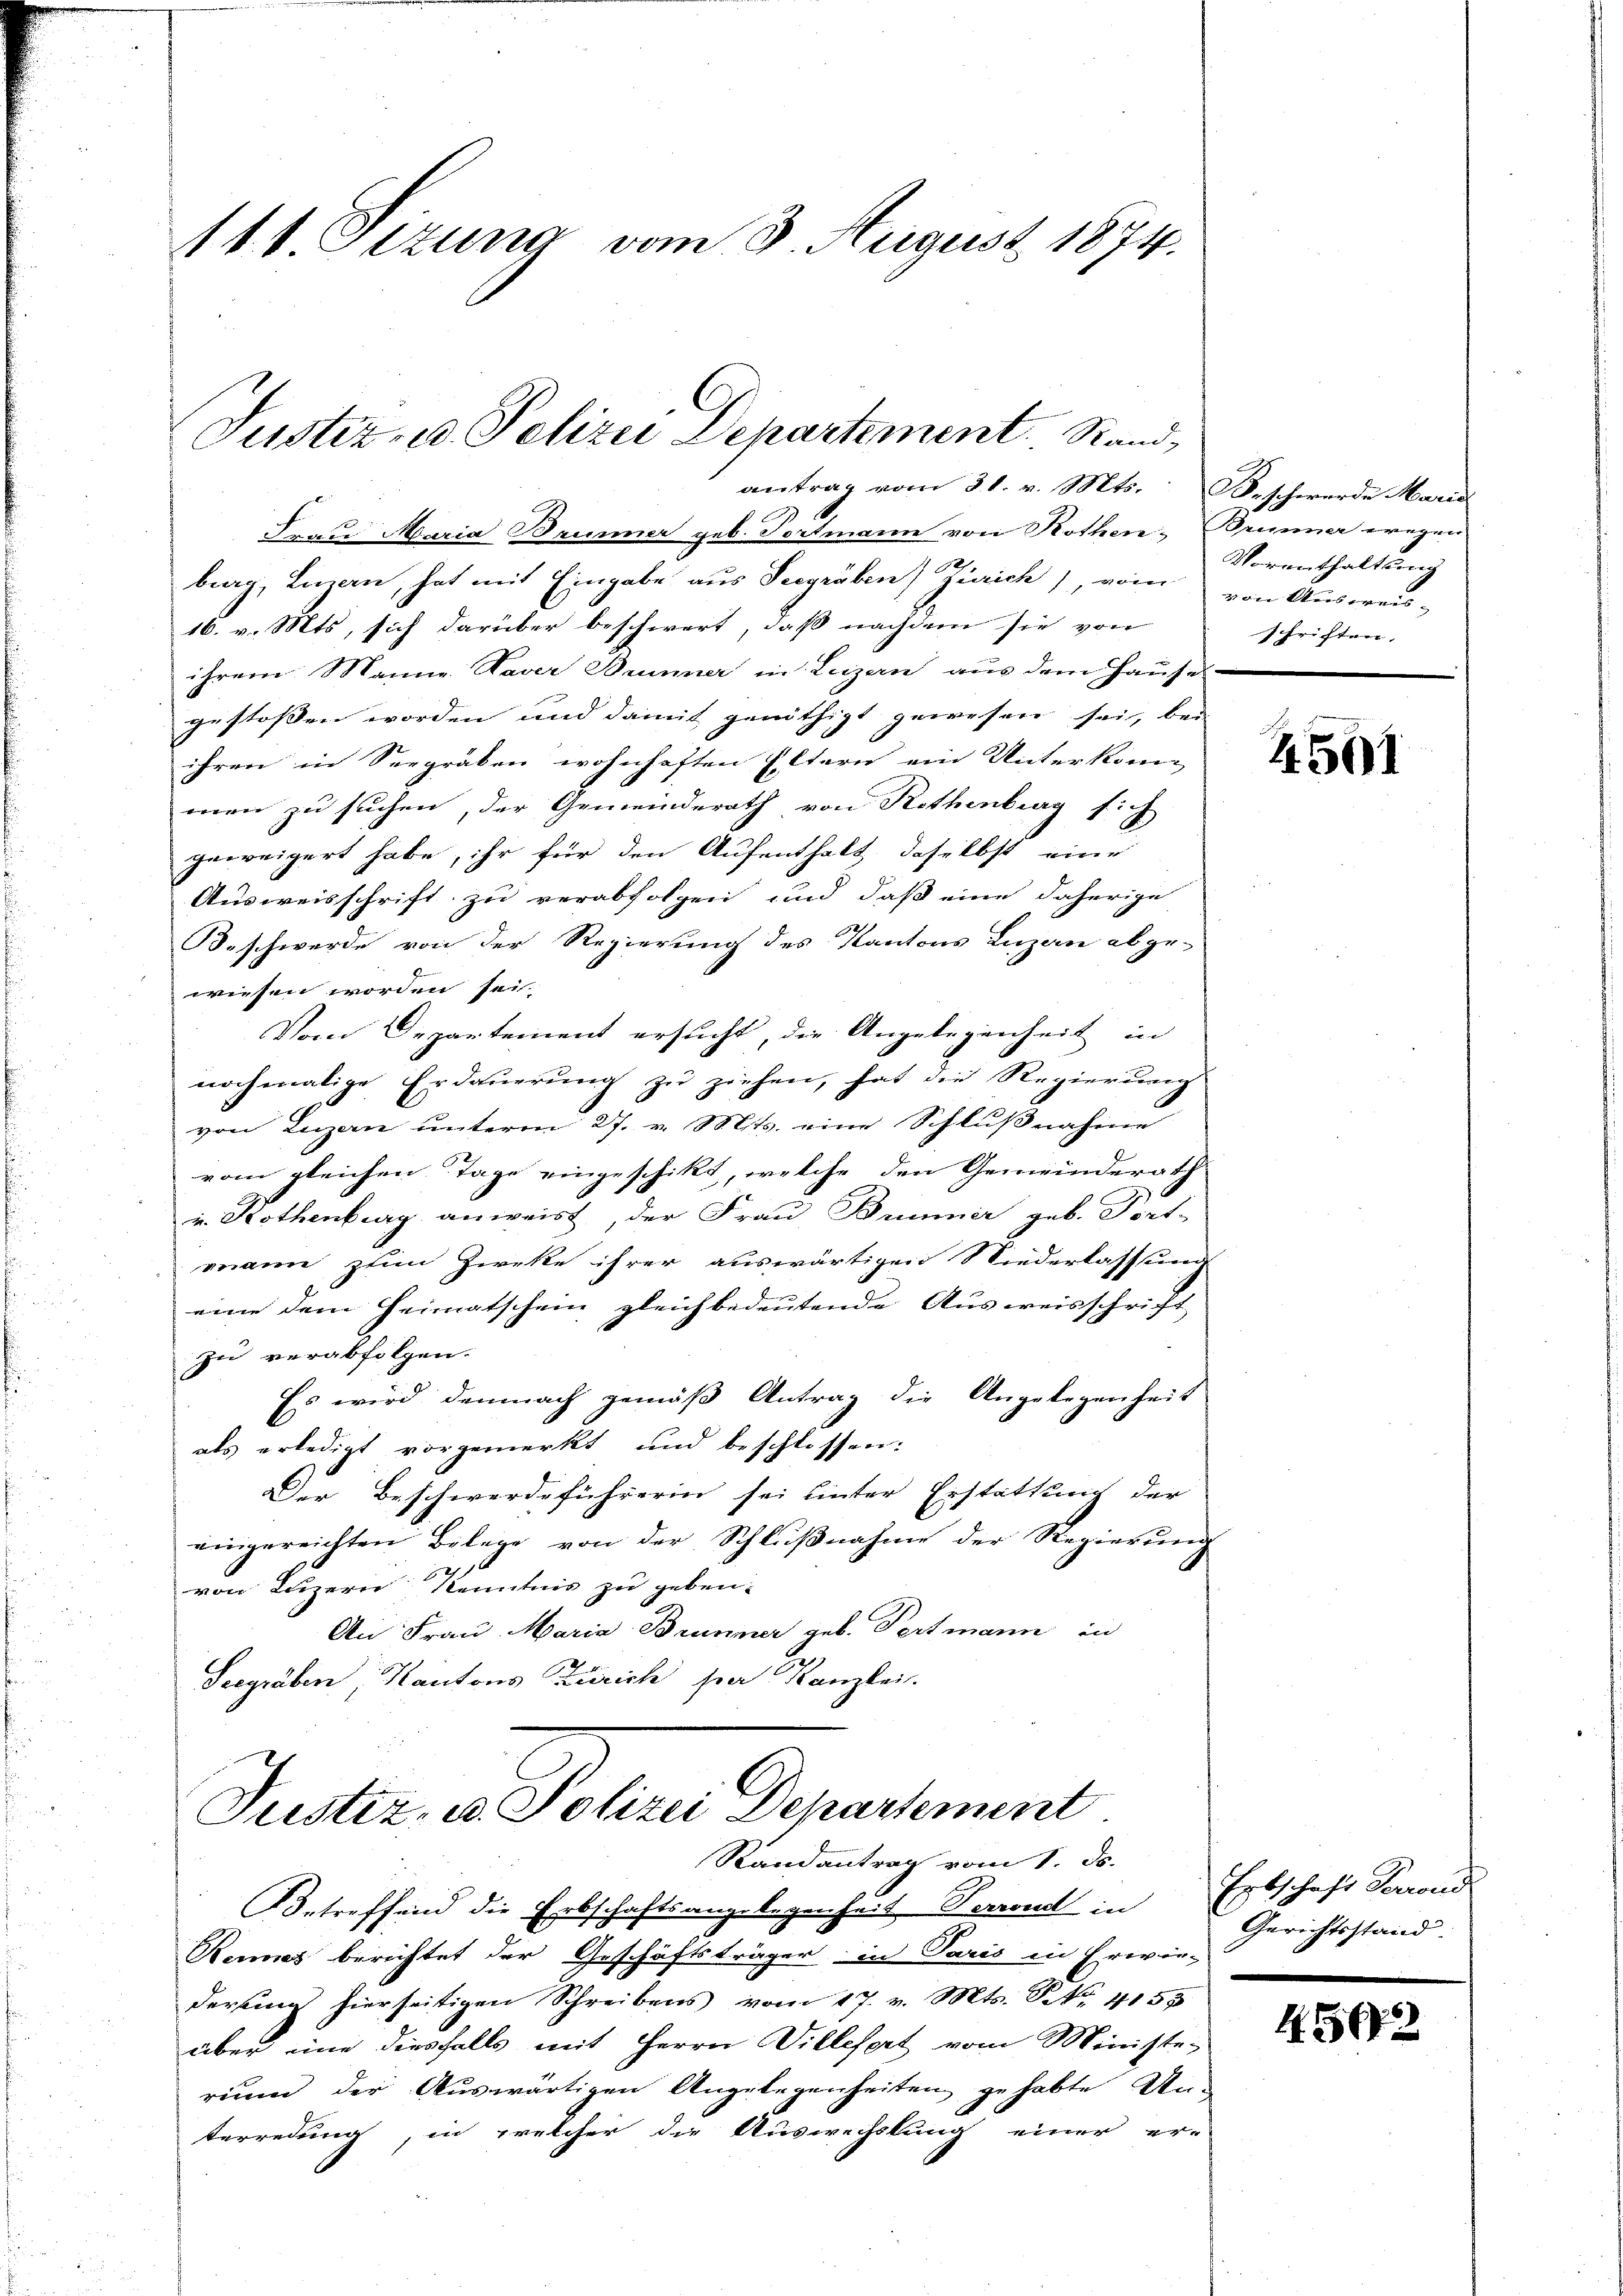
111. Otzung vom 5. August 1874.

Justiz- u. Polizei Departement. Stand,
antrag vom 31. v. Mts. Beschwerde Maria

Frau Maria Brunner geb. Portmann von Rothen, Brunner wegen
burg, Luzern, hat mit Eingabe aus Seegräben Zürich), vom von Ausweis-
16. v. Mts, sich darüber beschwert, daß nachdem sie von
ihrem Manne Naver Bummer in Luzern aus dem Hause
gestossen worden und damit genöthigt gewesen sei, bei
ihren in Seegräben wohnhaften Eltern ein Unterkommen zu suchen, der Gemeinderath von Rothenburg sich
geweigert habe, ihr für den Aufenthalt, daselbst eine
Ausweisschrift zu verabfolgen und daß eine daherige
Beschwerde von der Regierung des Kantons Luzan abge-
wiesen worden sei.
Vom Departement ersucht, die Angelegenheit in
nochmalige Erdauerung zu ziehen, hat die Regierung
von Luzan unterm 27. v. Mts. eine Schlußnahme
vom gleichen Tage eingeschikt, welche den Gemeinderath
u. Kothenburg anweist, der Frau Brunner geb. Fort-
mann zum Zweke ihrer auswärtigen Niederlassung
eine dem Heimatschein gleichbedeutende Ausweisschrift
zu verabfolgen.
Es wird demnach gemäß Antrag die Angelegenheit
als erledigt vorgemerkt und beschlossen:
Der Beschwerdeführerin sei unter Erstattung der
eingereichten Belege von der Schlŭβnahme der Regierŭng
12
von Luzern Kenntnis zu geben.
An Frau Maria Brunner geb. Pertmann in
Seegräben, Kantons Zürich sie Kanzlei.
Justiz, u. Polizei Departement
Randantrag vom 1. ds.
Betreffend die Erbschaftsangelegenheit Verrend in Erbschaft Forrend
Renes berichtet der Geschäftsträger in Paris in Erwie-
derung hierseitigen Schreibens vom 17. v. Mts. S. 4158
über eine diesfalls mit Herrn Villesart vom Ministe-
rium der Auswärtigen Angelegenheiten gehabte Un-
terredung, in welcher die Auswechstung einer er-

Vorenthaltsreg
schriften.

4501

Gerichtsstand.

4. 567.